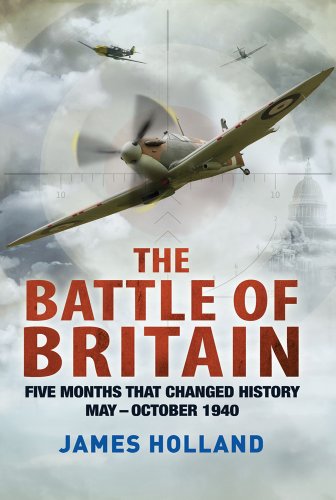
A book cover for The Battle of Britain: Five Months That Changed History; May-October 1940; James Holland; History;